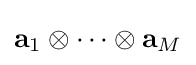
\mathbf {a} _{1}\otimes \cdots \otimes \mathbf {a} _{M}